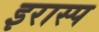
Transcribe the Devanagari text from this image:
इरास्प